Vaccination in Bombay 1869-1873 - 1869-1873
Year: 1869
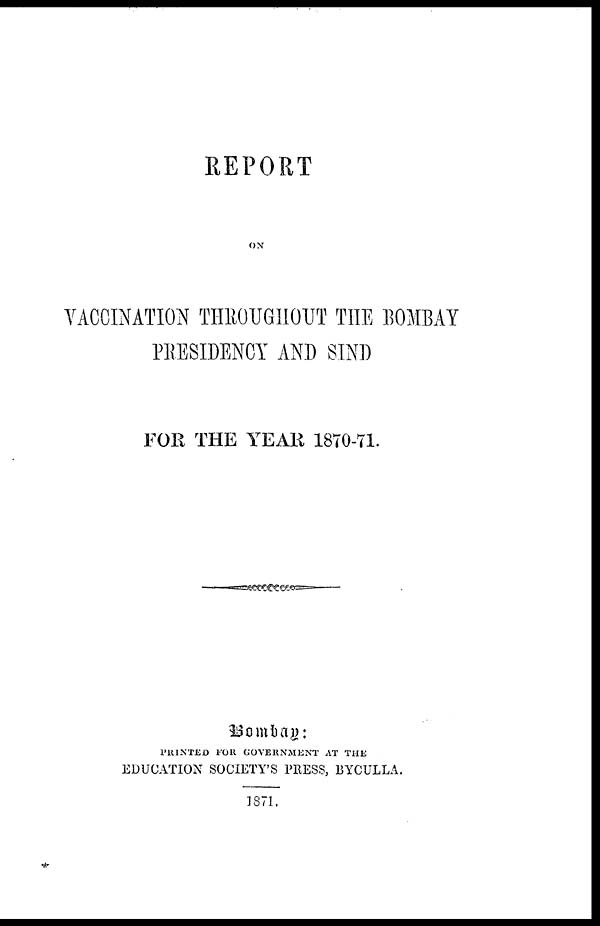
REPORT
ON
VACCINATION THROUGHOUT THE BOMBAY
PRESIDENCY AND SIND
FOR THE YEAR 1870-71.
Bombay:
PRINTED FOR GOVERNMENT AT THE
EDUCATION SOCIETY'S PRESS, BYCULLA.
1871.